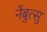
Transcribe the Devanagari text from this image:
नेंबुत्सु